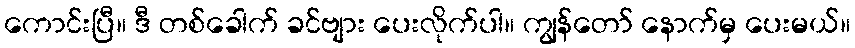
ကောင်းပြီ။ ဒီ တစ်ခေါက် ခင်ဗျား ပေးလိုက်ပါ။ ကျွန်တော် နောက်မှ ပေးမယ်။